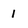
Character: 1